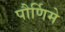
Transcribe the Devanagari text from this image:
पौर्णिमे